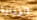
الزيارة